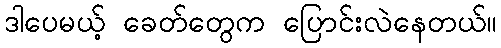
ဒါပေမယ့် ခေတ်တွေက ပြောင်းလဲနေတယ်။